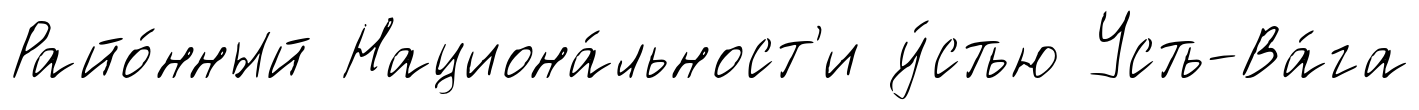
Райо́нный Национа́льност'и у́стью Усть-Ва́га